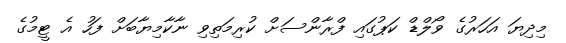
މިދިޔަ އަހަރުގެ ވޯލްޑް ކަޕުގައި ފްރާންސަށް ކުރިމަތިވި ނާކާމިޔާބަށް ފަހު އެ ޓީމުގެ